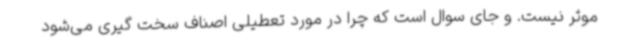
موثر نیست. و جای سوال است که چرا در مورد تعطیلی اصناف سخت گیری می‌شود